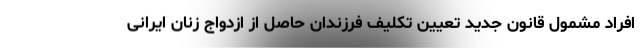
افراد مشمول قانون جدید تعیین تکلیف فرزندان حاصل از ازدواج زنان ایرانی